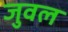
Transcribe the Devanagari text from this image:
जुवल